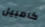
كامبيل